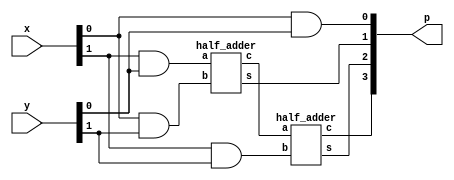
module mult_2bit(p,x,y); 
parameter N = 2;
input  [N-1:0] x, y;
output [2*N-1:0] p;
wire a1_o,a2_o, a3_o,a4_o;
and a1 (p[0],x[0],y[0]);
and a2 (a2_o,x[1],y[0]);
and a3 (a3_o, x[0],y[1]);
and a4 (a4_o,x[1],y[1]);

half_adder H1(p[1],h1_o, a2_o, a3_o);
half_adder H2(p[2],p[3], h1_o,a4_o);
 endmodule



module half_adder(s,c,a,b);
input a,b;
output s,c;

assign s= a ^b;
assign c= a &b;
endmodule